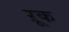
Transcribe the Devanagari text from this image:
ऱूक